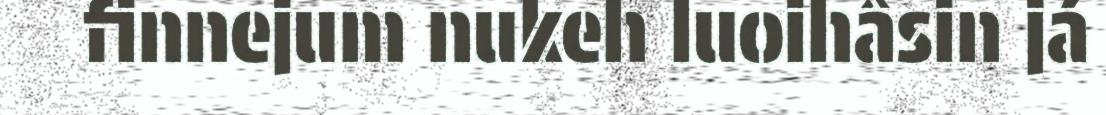
finnejum nukeh luoihâsin já